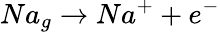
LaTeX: Na_{g}\rightarrow Na^{+}+e^{-}